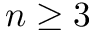
n \geq 3